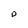
Character: p